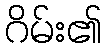
ဂိမ်း၏